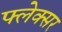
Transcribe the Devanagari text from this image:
फ्लेक्सर